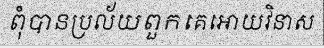
ពុំបានប្រល័យពួកគេអោយវិនាស